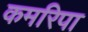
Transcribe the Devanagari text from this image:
कमरिपा